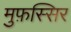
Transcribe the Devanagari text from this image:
मुफ़स्सिर